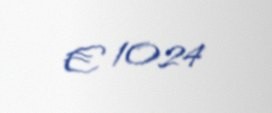
€ 1024